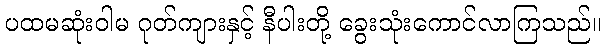
ပထမဆုံးဝါမ ဂုတ်ကျားနှင့် နီပါးတို့ ခွေးသုံးကောင်လာကြသည်။